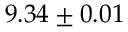
9 . 3 4 \pm 0 . 0 1